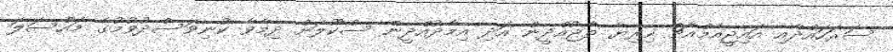
ސަރަހައްދާއި އައިޖީއެމްއެޗް ހިރިޔާ ތާޖުއްދީން އަދި އިމާދުއްދީން ސްކޫލަށް ދިމާވާ ކުނިވަސްދުވުމުގެ މައްސަލަ